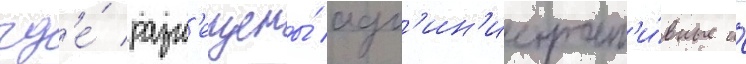
гд'е́ разм'ещены́ адм'ин'истрат'и́вные и́